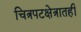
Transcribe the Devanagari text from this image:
चित्रपटक्षेत्रातही